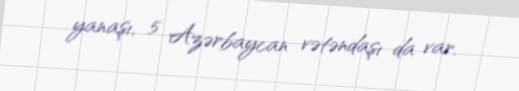
yanaşı, 5 Azərbaycan vətəndaşı da var.